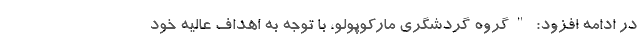
در ادامه افزود: "گروه گردشگری مارکوپولو، با توجه به اهداف عالیه خود